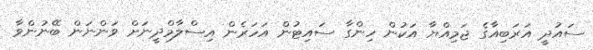
ސައުދީ އަރަބިއާގެ ޖަމިއްޔާ އަކުން ހިންގާ ސައިޓުން އަހަރެން އިސްލާމްދީނަށް ވަންނަން ބޭނުންވާ